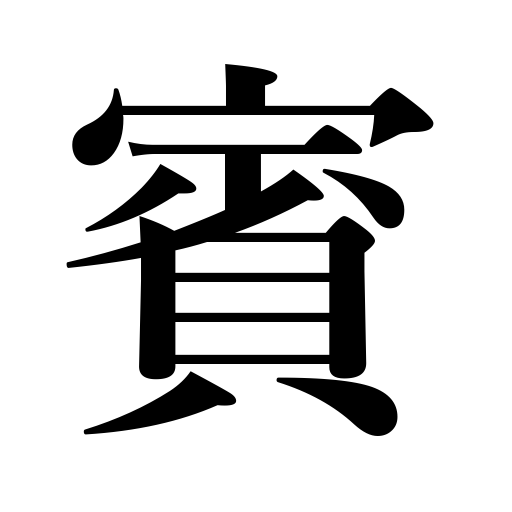
Meanings: guest